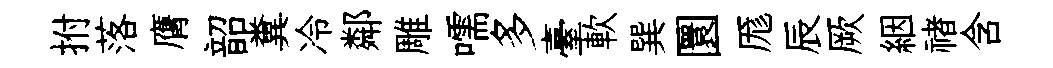
拊落膺韶糞冷鄰雕嚅多臺軟巽圜厖辰厥絪禇含